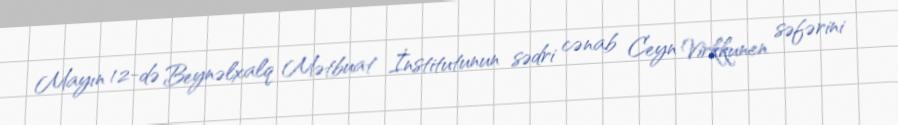
Mayın 12-də Beynəlxalq Mətbuat İnstitutunun sədri cənab Ceyn Virkkunen səfərini